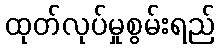
ထုတ်လုပ်မှုစွမ်းရည်